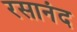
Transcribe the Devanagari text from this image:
रसानंद